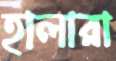
হালারা